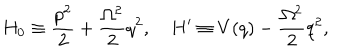
H _ { 0 } \equiv { \frac { p ^ { 2 } } { 2 } } + { \frac { \Omega ^ { 2 } } { 2 } } q ^ { 2 } , \quad H ^ { \prime } \equiv V ( q ) - { \frac { \Omega ^ { 2 } } { 2 } } q ^ { 2 } ,